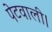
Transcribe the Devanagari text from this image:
पेटवाली।